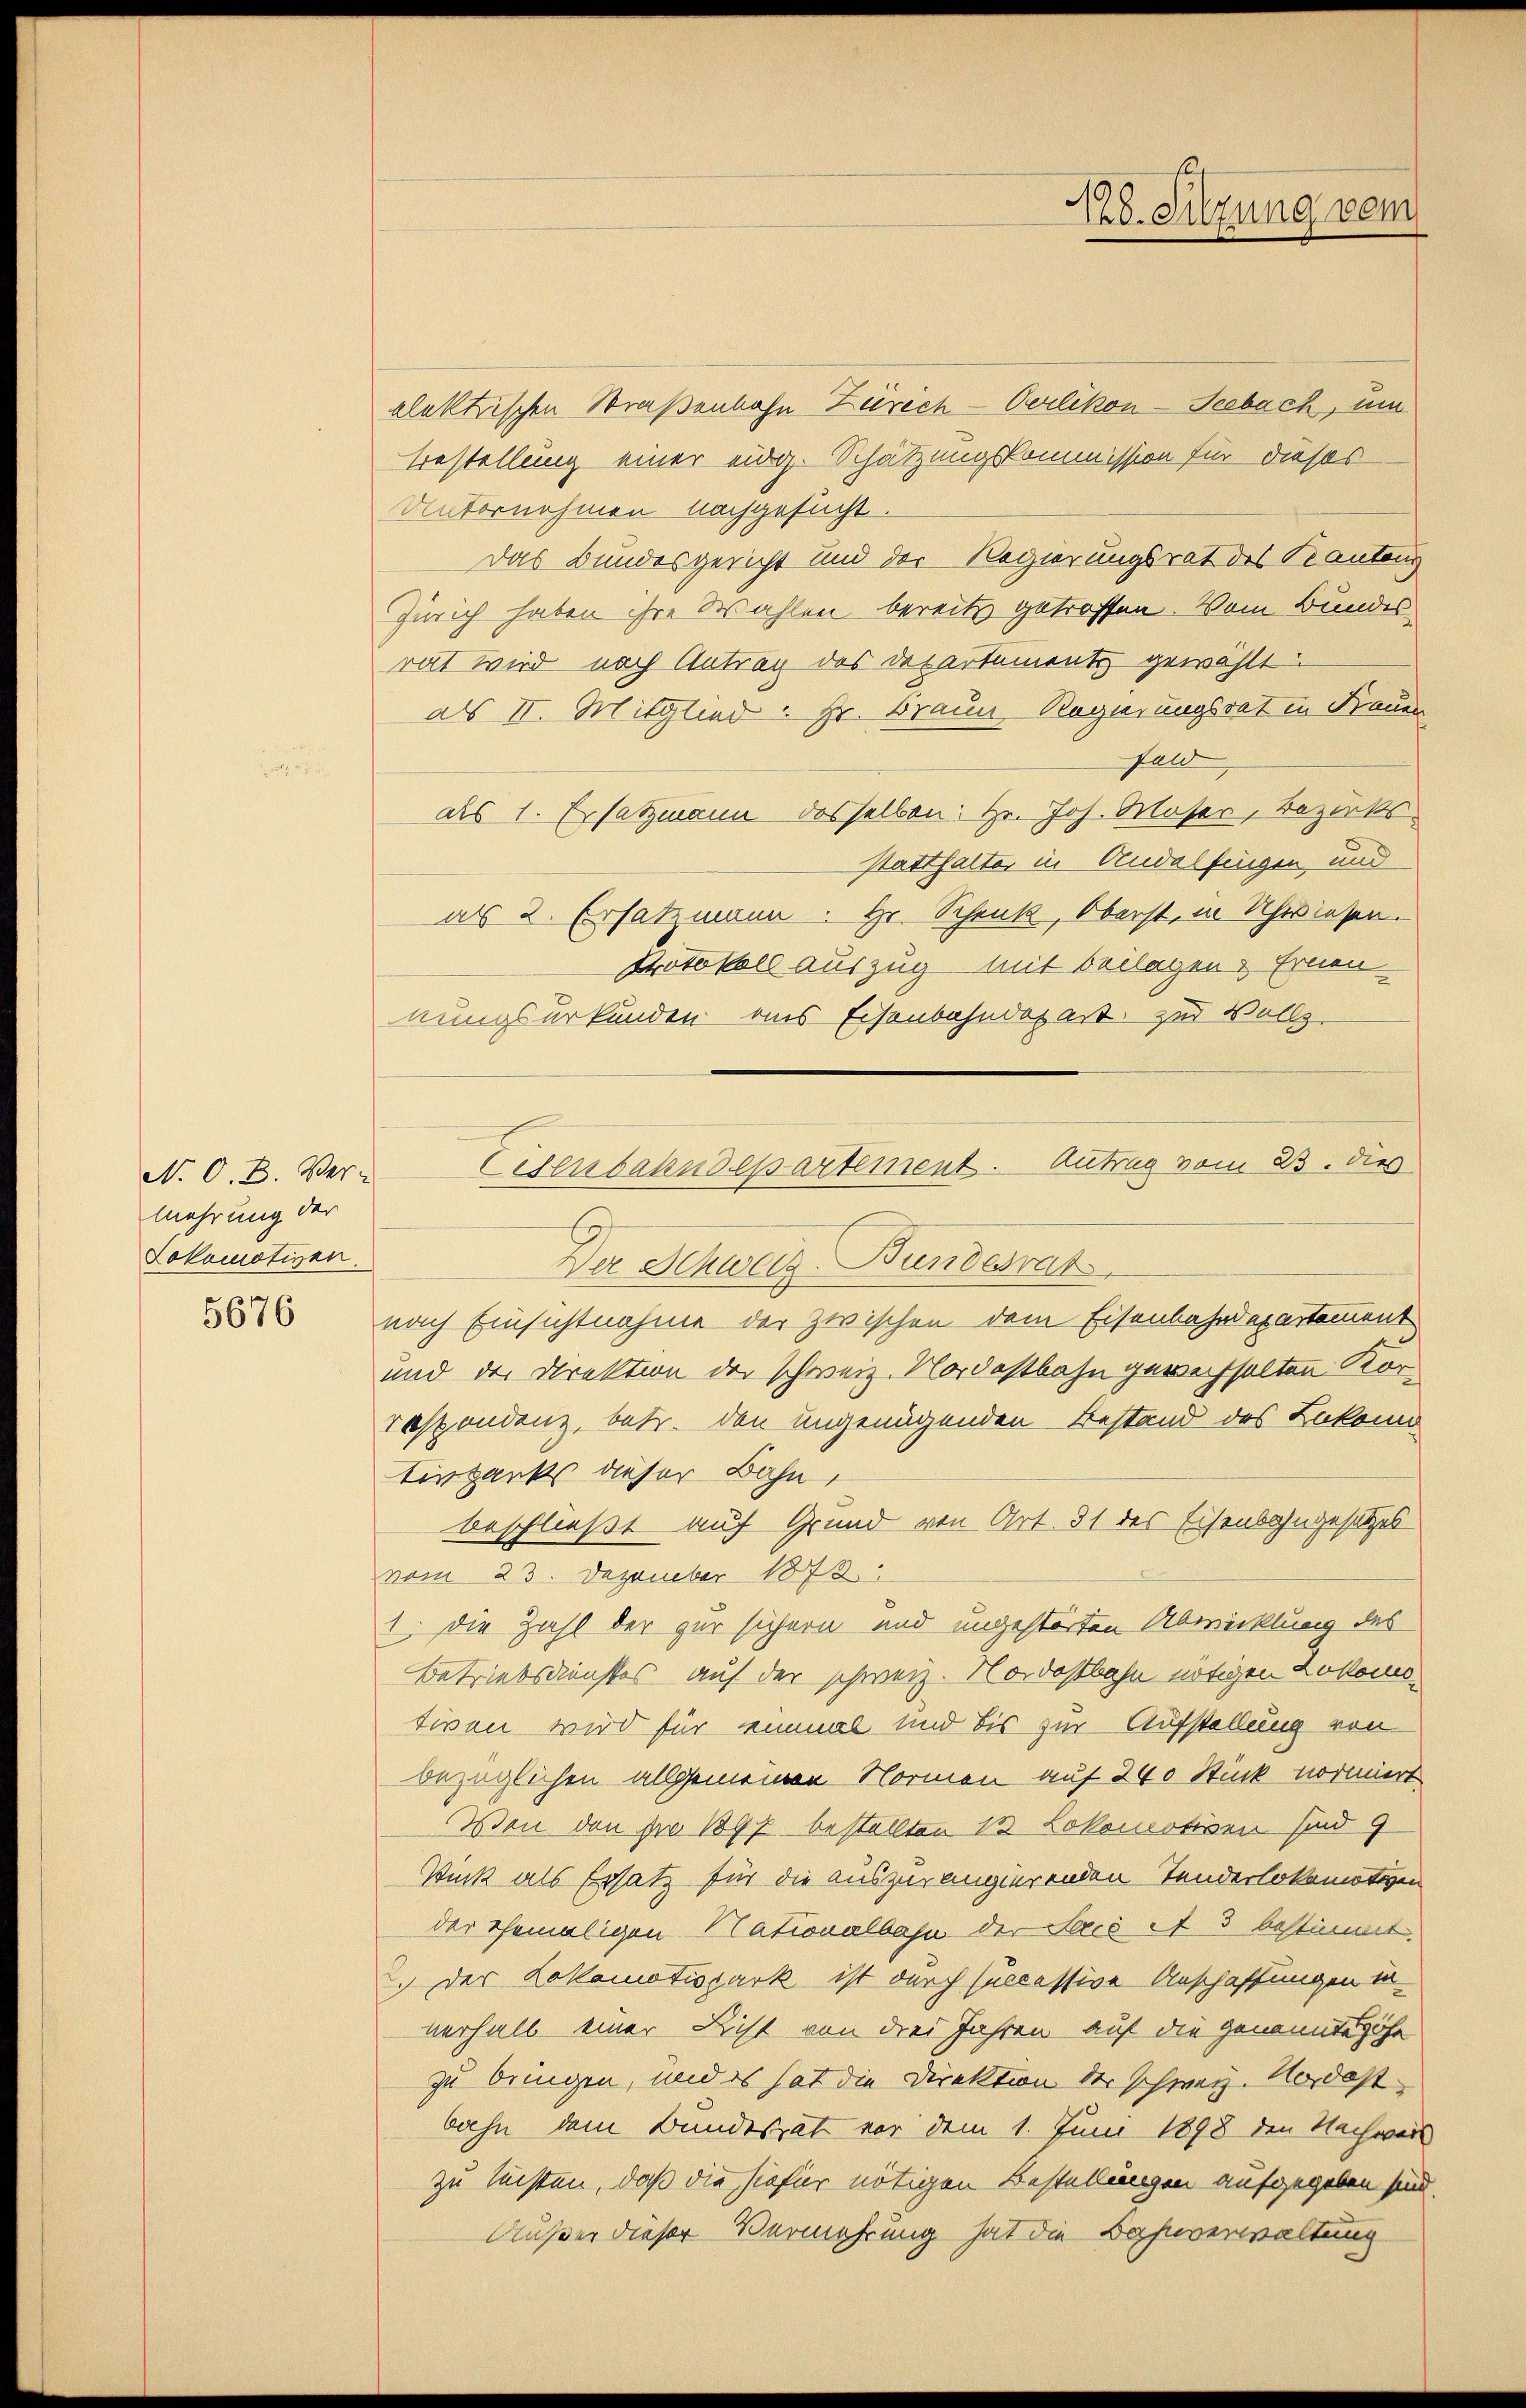
N. O. B. Ver-
mehrung der
Lokomotiven.

5676

alektrischen Straßenbahn Zürich-Oerlikon-Seebach, um
Bestellung einer eidg. Schätzungskommission für dieses
Unternehmen nachgesucht.
Das Bundesgericht und der Regierungsrat des Kantons
Zürich haben ihre Wahlen bereits getroffen. Vom Bundes
rat wird nach Antrag des Departement gewählt
als II. Mitglied: Hr. Braun Regierungsrat in Bauer
Feld
als 1. Ersatzmann desselben: Hr. Joh. Moser, Bezirks
statthalte in Andelfingen, und
als 2. Ersatzmann. Hr. Schenk, Oberst, in Schwiesen.
Protokoll auszug mit beilagen. Ernen
nungsurkunden aus Eisenbahndepart zur Vollz
nach Einsichtnahme der zwischen dem Eisenbahndepartement
und der Direktion der schweiz. Nordostbahn gewechselten Korrespondenz, betr. den ungenügenden Bestand des Lokomo
tirpanks dieser Bahn,
beschließt auf Grund von Art. 31 der Eisenbahngesetzes
vom 23. Dezember 1872
1. die Zahl der zur sichern und ungestörten Abwicklung des
Betriebsdienstes auf der schweiz. Nordostbahn nötigen Lokomotiven wird für einmal und bis zur Aufstellung von
bezüglichen allgemeinen Normen auf 240 Stück normiert
Von den pro 1897 bestellten 1 Lokomotiven sind 9
Sinck als Ersatz für die auszurangierenden Tenderlokomotiven
der Ehemaligen Stationalbahn der Lacé et 3 bestimmt.
2. Der Lokomotispark ist durch successive Anschaffungen in
verhalb einer Licht von drei Jahren auf die genannte höhe
zu bringen, und es hat die Direktion der schweiz. Nordostbahn dem Bundesrat vor dem 1. Juni 1898 den Nachweis
zu leisten, daß die hiefür nötigen Bestellungen aufgegeben sind.
Außer dieser Vermehrung hat die Bahnverwaltung

128. Sitzung vom

Eisenbahndepartement. Antrag vom 23. dies
Der Schweiz. Bundesrat